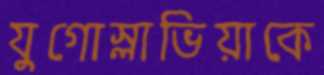
যুগোস্লাভিয়াকে